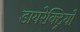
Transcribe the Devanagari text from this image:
डायरेक्ट्रियों